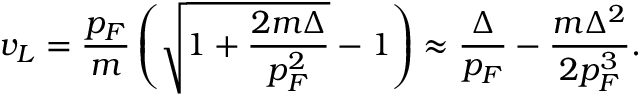
v _ { L } = \frac { p _ { F } } { m } \left( \sqrt { 1 + \frac { 2 m \Delta } { p _ { F } ^ { 2 } } } - 1 \right) \approx \frac { \Delta } { p _ { F } } - \frac { m \Delta ^ { 2 } } { 2 p _ { F } ^ { 3 } } .